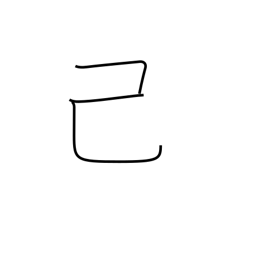
Meaning: self